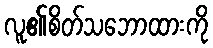
လူ၏စိတ်သဘောထားကို